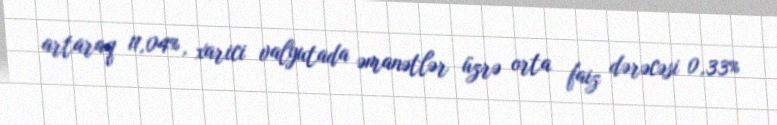
artaraq 11,04%, xarici valyutada əmanətlər üzrə orta faiz dərəcəsi 0,33%